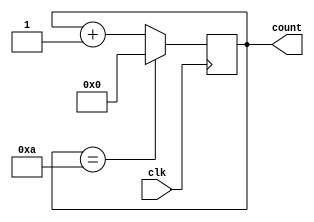
module decade_counter (
    input wire clk, 
    output reg [3:0] count
);

reg [3:0] d0, d1, d2, d3;

always @(posedge clk) begin
    d0 <= d0 + 1;
    if (d0 == 10) begin
        d0 <= 0;
        d1 <= d1 + 1;
    end
    if (d1 == 10) begin
        d1 <= 0;
        d2 <= d2 + 1;
    end
    if (d2 == 10) begin
        d2 <= 0;
        d3 <= d3 + 1;
    end
    if (d3 == 10) begin
        d3 <= 0;
    end
end

assign count = {d3, d2, d1, d0};

endmodule